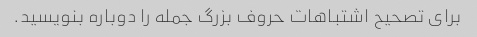
برای تصحیح اشتباهات حروف بزرگ جمله را دوباره بنویسید.